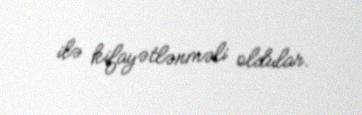
ilə kifayətlənməli oldular.